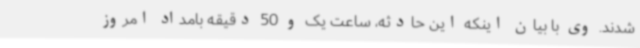
شدند. وی با بیان اینکه این حادثه، ساعت یک و 50 دقیقه بامداد امروز